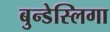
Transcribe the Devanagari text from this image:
बुन्डेस्लिगा